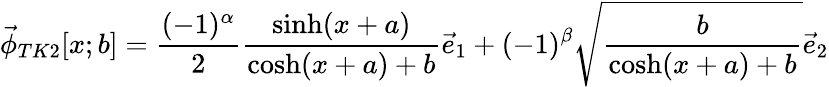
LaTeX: \vec{\phi}_{TK2}[x;b]=\frac{(-1)^{\alpha}}{2}\frac{\sinh(x+a)}{\cosh(x+a)+b}\vec{e}_{1}+(-1)^{\beta}\sqrt{\frac{b}{\cosh(x+a)+b}}\vec{e}_{2}